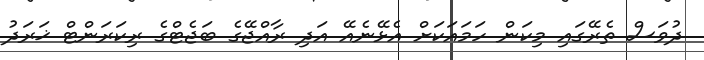
ދުވަސް ތެރޭގައި މިކަން ހަމައަކަށް އެޅޭނެއޭ އަދި ރާއްޖޭގެ ބަޖެޓްގެ ރިކަރަންޓް ޚަރަދު